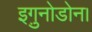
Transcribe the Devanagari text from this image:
इगु़नोडोन।